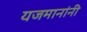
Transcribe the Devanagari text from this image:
यजमानांनी